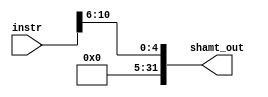
`timescale 1ns / 1ps
//////////////////////////////////////////////////////////////////////////////////
// Company: 
// Engineer: 
// 
// Design Name: 
// Module Name:    shamt_gen 
// Project Name: 
// Target Devices: 
// Tool versions: 
// Description: 
//
// Dependencies: 
//
// Revision: 
// Revision 0.01 - File Created
// Additional Comments: 
//
//////////////////////////////////////////////////////////////////////////////////
module shamt_gen(
	input wire [31:0] instr,
	output wire [31:0] shamt_out
    );
	 wire [4:0] shamt = instr[10:6];
	 assign shamt_out = {{27{1'b0}}, shamt[4:0]};


endmodule